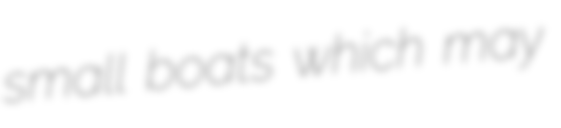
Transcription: small boats which may